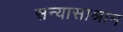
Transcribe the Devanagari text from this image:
सन्यासाश्राम